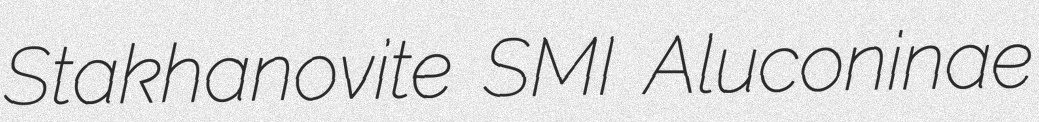
Stakhanovite SMI Aluconinae